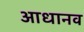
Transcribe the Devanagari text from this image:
आधानव